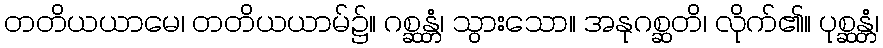
တတိယယာမေ၊ တတိယယာမ်၌။ ဂစ္ဆန္တံ၊ သွားသော။ အနုဂစ္ဆတိ၊ လိုက်၏။ ပုစ္ဆန္တံ၊